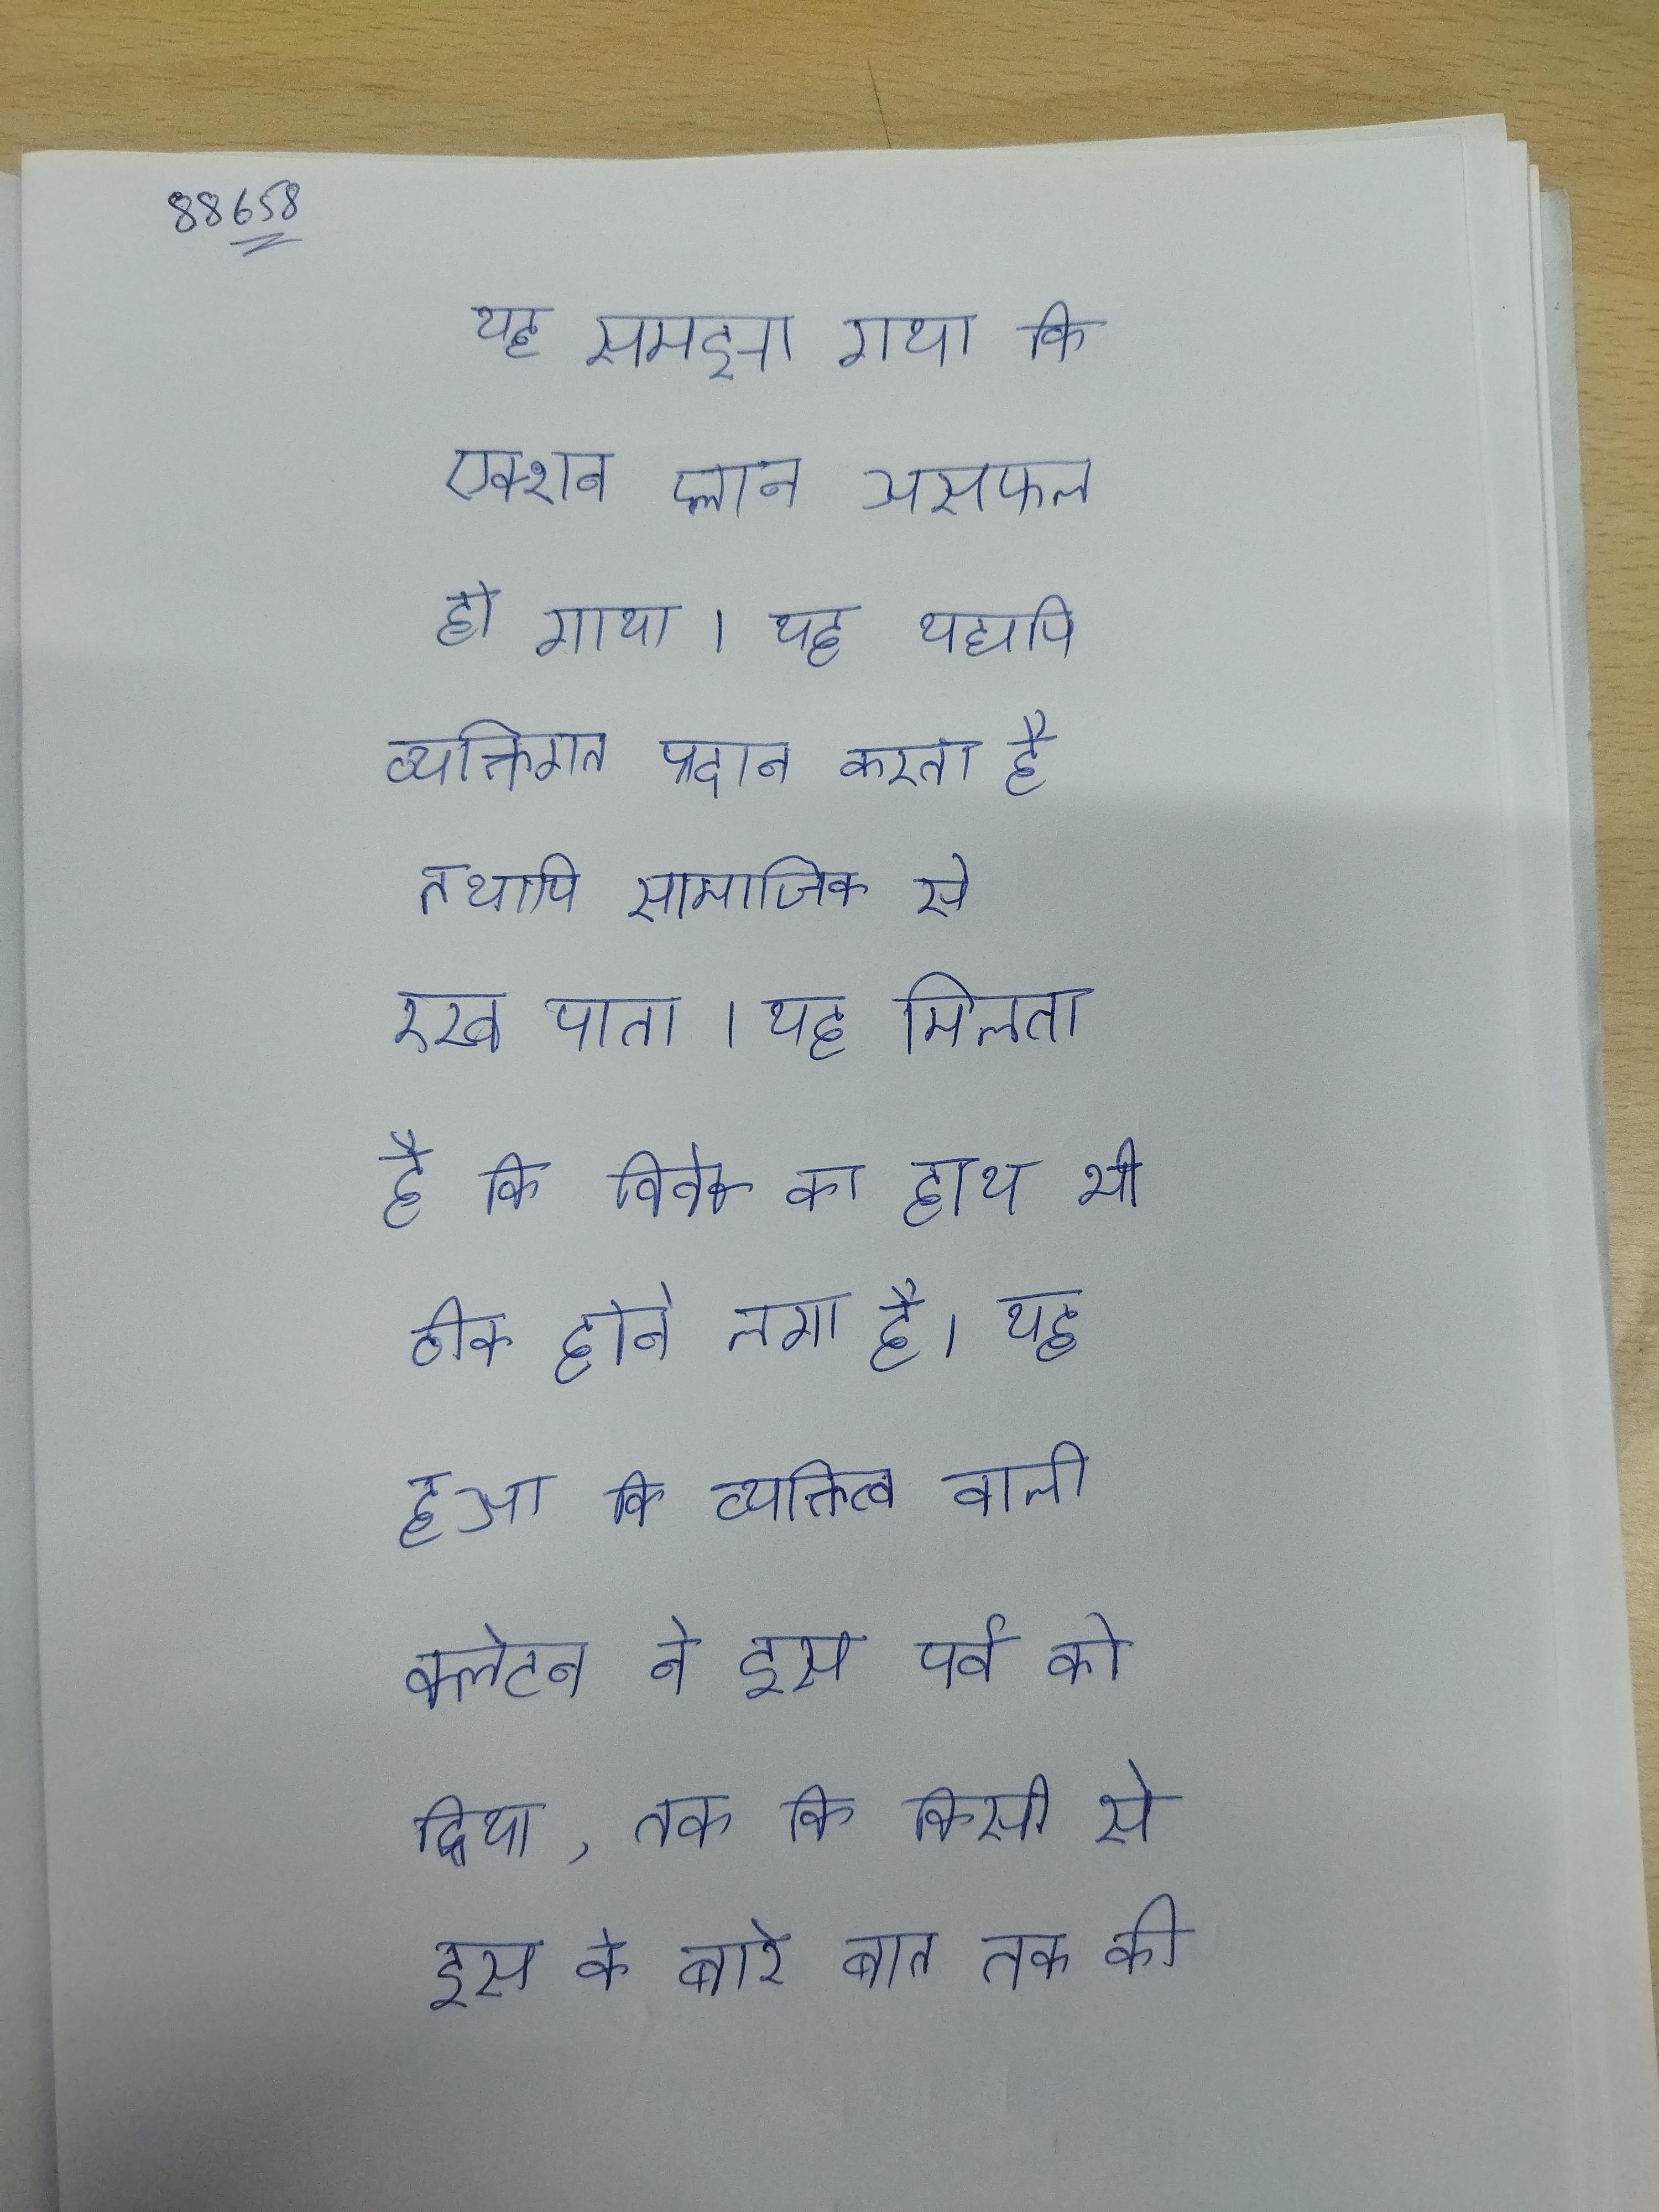
यह समझा गया कि एक्शन प्लान असफल हो गाया । यह यद्यपि व्यक्तिगत प्रदान करता है तथापि सामाजिक से रख पाता । यह मिलता है कि विवेक का हाथ भी ठीक होने लगा है । यह हुआ कि व्यक्तित्व वाली क्लेटन ने इस पर्व को दिया, तक कि किसी से इस के बारे बात तक की .